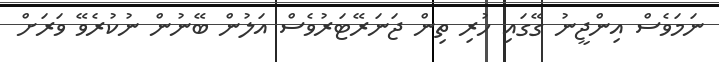
ނަމަވެސް އިންޖީނު ގޭގައި ހުރި ތިން ޖަނަރޭޓަރުވެސް އަލުން ބޭނުން ނުކުރެވޭ ވަރަށް